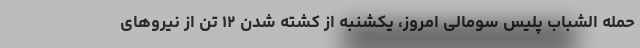
حمله الشباب پلیس سومالی امروز، یکشنبه از کشته شدن ۱۲ تن از نیروهای